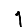
Digit: 1